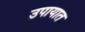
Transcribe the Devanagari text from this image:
उपायात